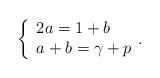
LaTeX: \begin{align*}\left\{ \begin{array}{l}2a=1+b \\a+b=\gamma+p\end{array}. \right.\end{align*}